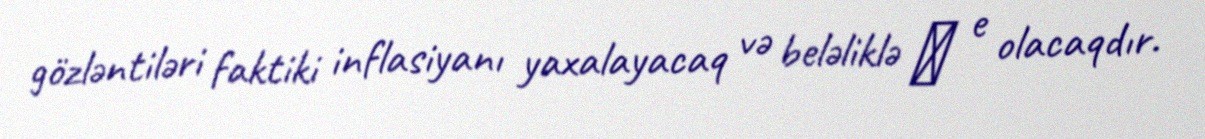
gözləntiləri faktiki inflasiyanı yaxalayacaq və beləliklə π e olacaqdır.